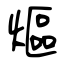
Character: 熰